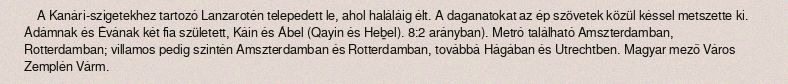
A Kanári-szigetekhez tartozó Lanzarotén telepedett le, ahol haláláig élt. A daganatokat az ép szövetek közül késsel metszette ki. Ádámnak és Évának két fia született, Káin és Ábel (Qayin és Heḇel). 8:2 arányban). Metró található Amszterdamban, Rotterdamban; villamos pedig szintén Amszterdamban és Rotterdamban, továbbá Hágában és Utrechtben. Magyar mező Város Zemplén Várm.